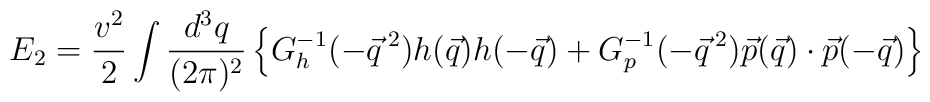
E_2=\frac{v^2}{2}\int \frac{d^3q}{(2\pi)^2}    \left\{G_h^{-1}(-\vec{q}\,^2)h(\vec{q})h(-\vec{q})    +G_p^{-1}(-\vec{q}\,^2)\vec{p}(\vec{q})\cdot\vec{p}(-\vec{q})\right\}